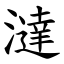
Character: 澾